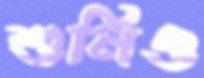
শুনিও